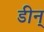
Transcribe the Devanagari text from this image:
डीन्